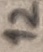
Text: 12